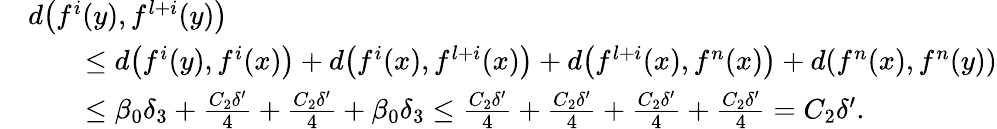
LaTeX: \begin{array}{rl}&{d\bigl(f^{i}(y),f^{l+i}(y)\bigr)}\\ &{\qquad\leq d\bigl(f^{i}(y),f^{i}(x)\bigr)+d\bigl(f^{i}(x),f^{l+i}(x)\bigr)+d\bigl(f^{l+i}(x),f^{n}(x)\bigr)+d(f^{n}(x),f^{n}(y))}\\ &{\qquad\leq\beta_{0}\delta_{3}+\frac{C_{2}\delta^{\prime}}{4}+\frac{C_{2}\delta^{\prime}}{4}+\beta_{0}\delta_{3}\leq\frac{C_{2}\delta^{\prime}}{4}+\frac{C_{2}\delta^{\prime}}{4}+\frac{C_{2}\delta^{\prime}}{4}+\frac{C_{2}\delta^{\prime}}{4}=C_{2}\delta^{\prime}.}\end{array}